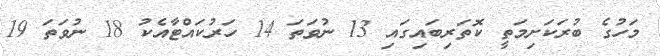
މަހުގެ ބުރަކަށިމަތީ ކޮތަރިބައިގައި 13 ނުވަތަ 14 ހަރުކައްޓާއެކު 18 ނުވަތަ 19